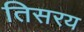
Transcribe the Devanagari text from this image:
तिसरय